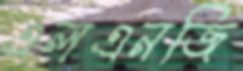
এলএনজি